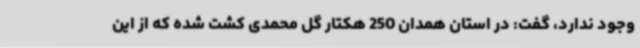
وجود ندارد، گفت: در استان همدان 250 هکتار گل محمدی کشت شده که از این